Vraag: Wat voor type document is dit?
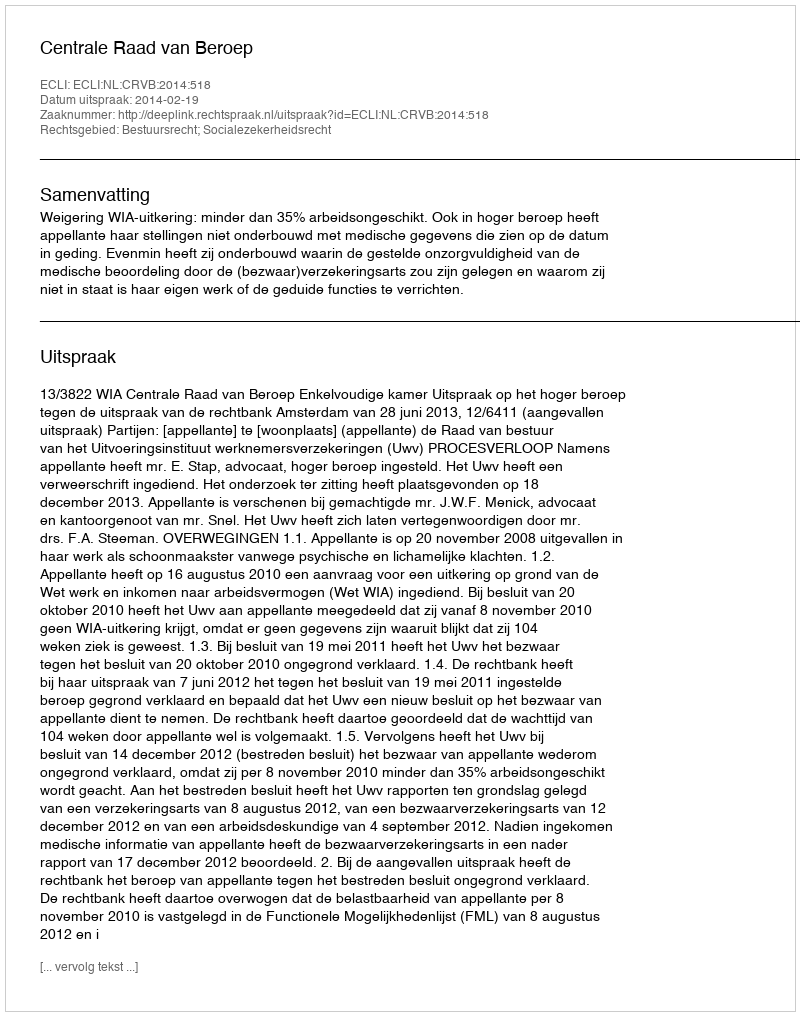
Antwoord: Uitspraak